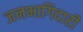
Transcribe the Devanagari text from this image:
जनभागिदारी